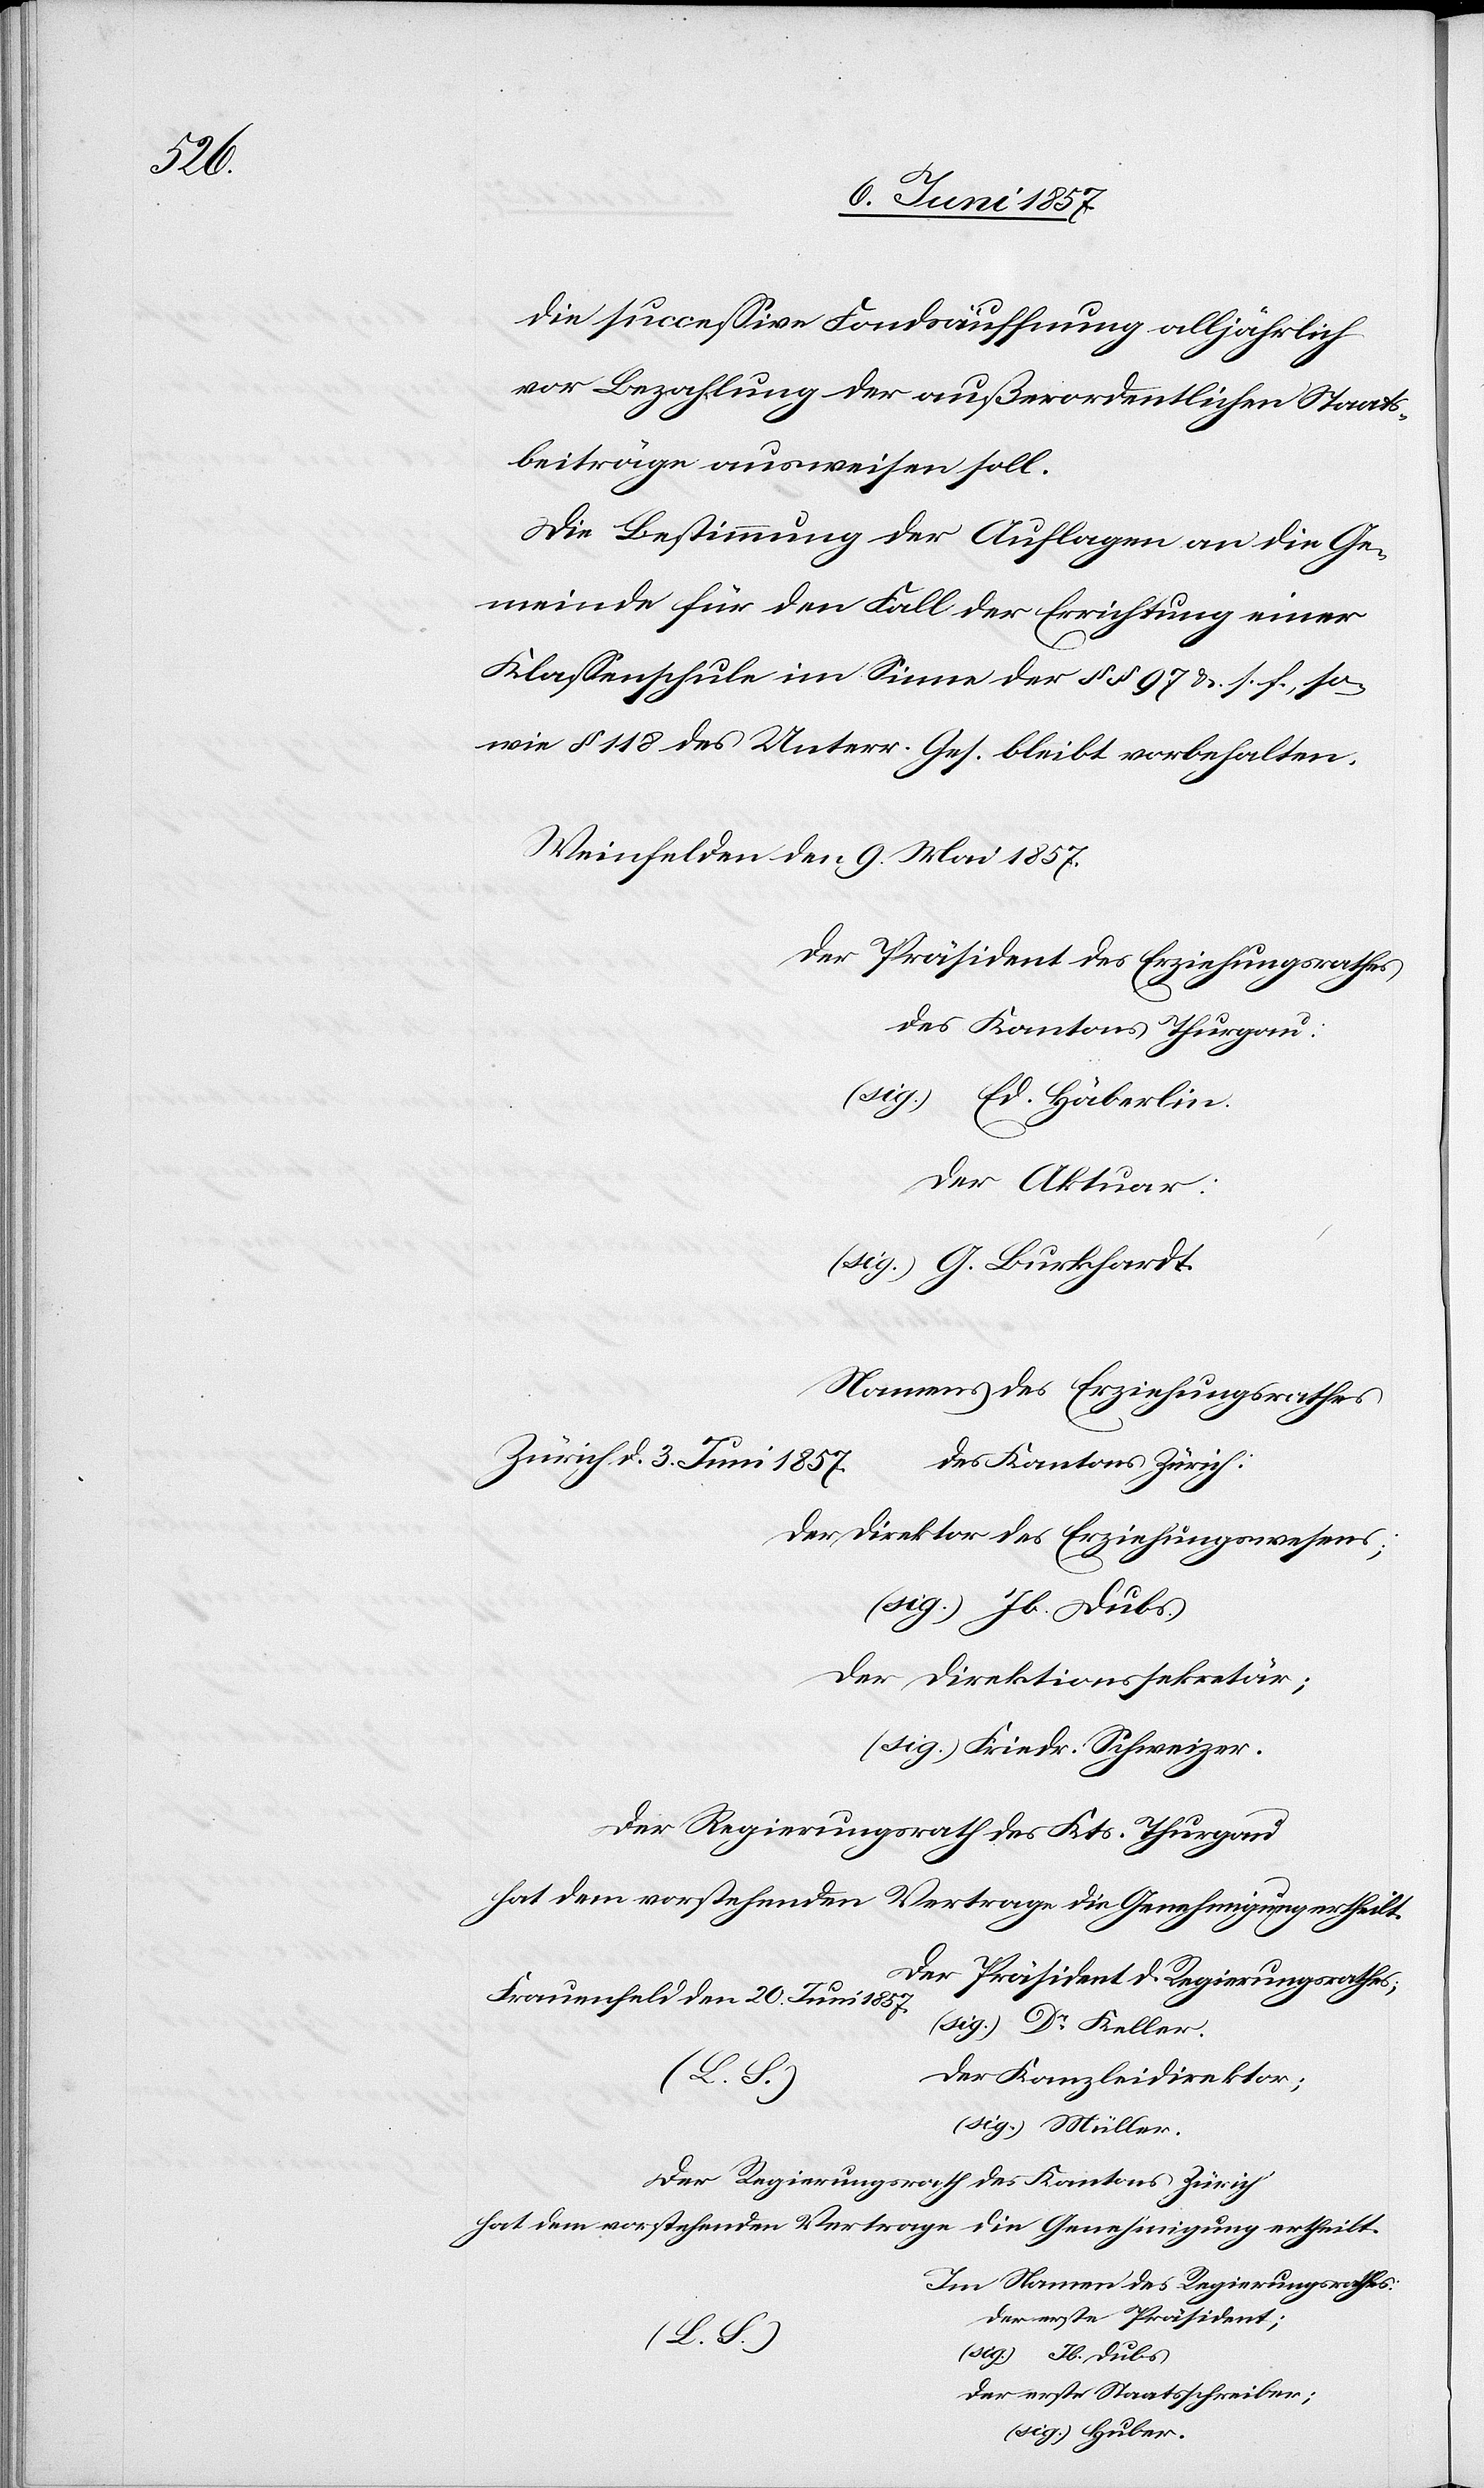
die successive Fondsäuffnung alljährlich
vor Bezahlung der außerordentlichen Staats¬
beiträge ausweisen soll.
Die Bestimmung der Auflagen an die Ge¬
meinde für den Fall der Errichtung einer
Klassenschule im Sinne der §§ 97 &. s. f., so¬
wie § 118 des Unterr. Ges. bleibt vorbehalten.
Weinfelden den 9 Mai 1857.
Der Präsident des Erziehungsrathes
des Kantons Thurgau:
(sig.) Ed. Häberlin.
Der Aktuar.
(sig.) G. Burkhardt.
Namens des Erziehungsrathes
Zürich d. 3 Juni 1857.
des Kantons Zürich
Der Direktor des Erziehungswesens;
(sig.) Jb. Dubs.
Der Direktionssekretär;
(sig.) Friedr. Schweizer.
Der Regierungsrath des Kts. Thurgau
Der Präsident des Regierungsrathes;
Frauenfeld den 20 Juni 1857.
(sig.) Dr. Keller.
Der Kanzleidirektor;
(sig.) Müller.
Der Regierungsrath des Kantons Zürich
hat dem vorstehenden Vertrage die Genehmigung ertheilt.
Im Namen des Regierungsrathes;
Der erste Präsident:
(L. S.)
(sig.) Jb. Dubs.
Der erste Staatsschreiber;
(sig.) Huber.